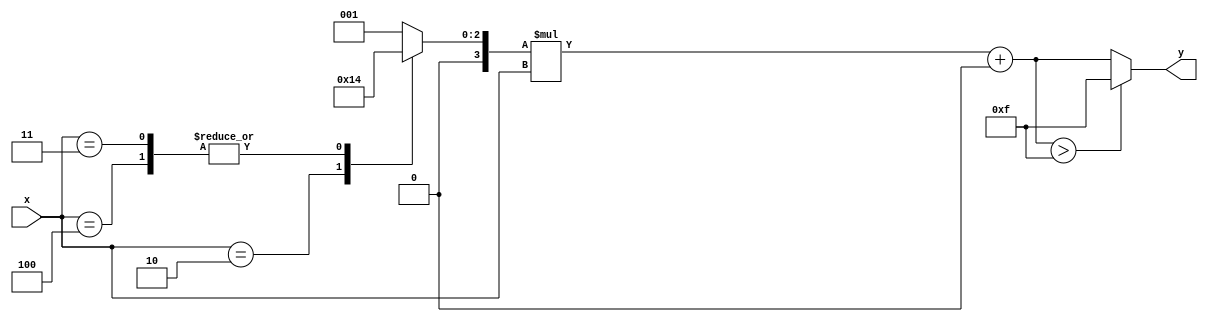
module PLAR (
    input  wire [3:0] x,      // 4-bit input (representing a positive real number)
    output reg  [3:0] y       // 4-bit output (approximate reciprocal)
);

// Define the piecewise segments
// Each segment is defined by its input range and corresponding (m, b) values
// Example ranges: [0, 1], [1, 2], [2, 4], etc.
// Coefficients for y = mx + b for each segment
parameter m0 = 4'b0001; // Slope for range [0, 1]
parameter b0 = 4'b0000; // Intercept for range [0, 1]

parameter m1 = 4'b0010; // Slope for range [1, 2]
parameter b1 = 4'b0000; // Intercept for range [1, 2]

parameter m2 = 4'b0100; // Slope for range [2, 4]
parameter b2 = 4'b0000; // Intercept for range [2, 4]

// Internal signals
reg [3:0] m; // Slope
reg [3:0] b; // Intercept
reg [3:0] temp_y; // Temporary output

always @(*) begin
    // Select segment based on input value x
    case (x)
        4'b0000: begin // x = 0
            y = 4'b0000; // Handle special case for x = 0
        end
        4'b0001: begin // x in [0, 1]
            m = m0;
            b = b0;
        end
        4'b0010: begin // x in [1, 2]
            m = m1;
            b = b1;
        end
        4'b0011, 4'b0100: begin // x in [2, 4]
            m = m2;
            b = b2;
        end
        default: begin // x > 4
            y = 4'b0000; // Return 0 for inputs greater than 4 (out of range)
        end
    endcase

    // Calculate approximate reciprocal y = mx + b
    temp_y = (m * x) + b;

    // Clamping the output to valid range
    if (temp_y > 4'b1111) begin
        y = 4'b1111; // Saturate to maximum output
    end else begin
        y = temp_y; // Assign calculated value
    end
end

endmodule